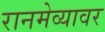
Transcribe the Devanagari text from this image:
रानमेव्यावर